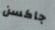
جاكسن